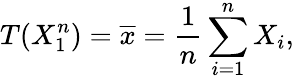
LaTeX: T(X_{1}^{n})={\overline{{x}}}={\frac{1}{n}}\sum_{i=1}^{n}X_{i},